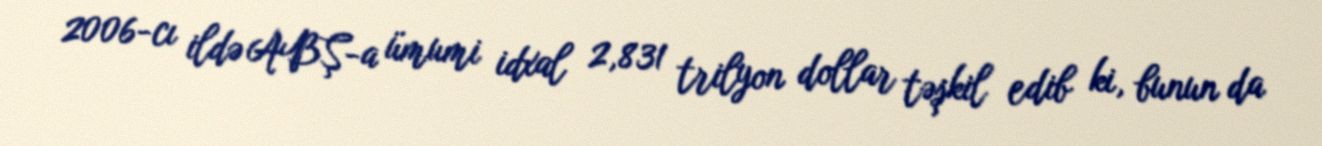
2006-cı ildə ABŞ-a ümumi idxal 2,831 trilyon dollar təşkil edib ki, bunun da